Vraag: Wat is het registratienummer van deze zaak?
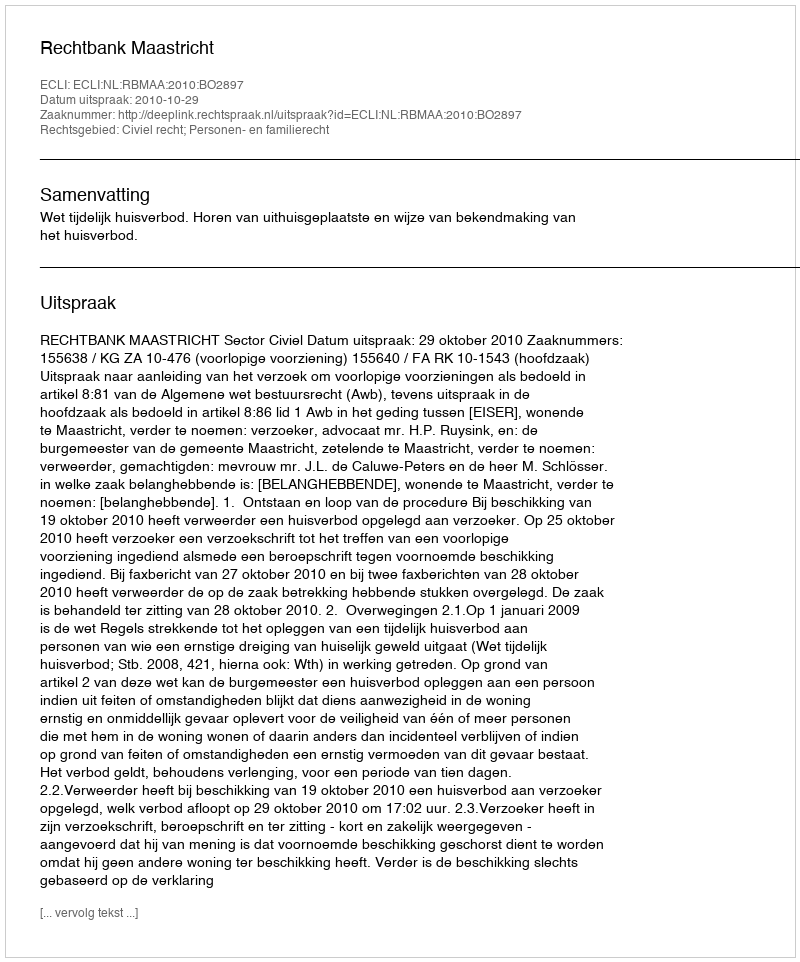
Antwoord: http://deeplink.rechtspraak.nl/uitspraak?id=ECLI:NL:RBMAA:2010:BO2897